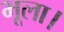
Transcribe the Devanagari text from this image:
भूला।